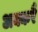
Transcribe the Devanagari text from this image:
अक्करै